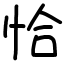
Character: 恰